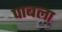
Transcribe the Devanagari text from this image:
पाबला